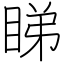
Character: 睇